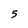
Character: 5